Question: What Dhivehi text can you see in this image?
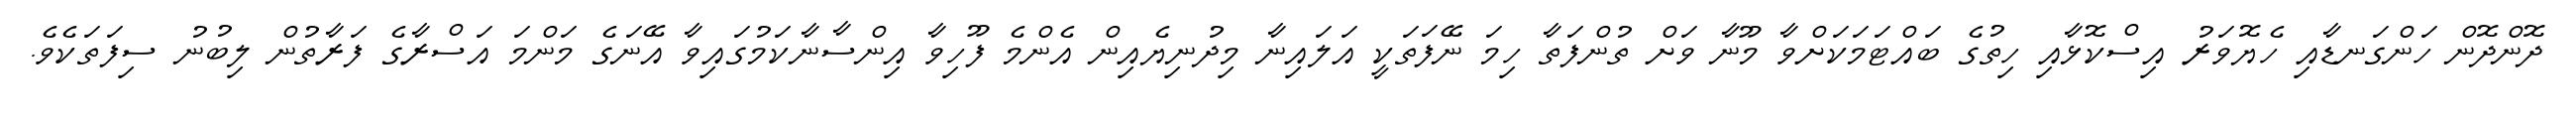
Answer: ދޮންދޮން ހަންގަނޑާއި ހެޔޮވަރު އިސްކޮޅާއި ހިތުގެ ބައްޓަމަކަށްވާ މޫނާ ވަށް ތުންފަތާ ހިމަ ނޭފަތަކީ އަލައިނާ މިދުނިޔެއިން އެންމެ ފޫހިވާ އިންސާނާކަމުގައިވާ އޭނަގެ މަންމަ އަސްރާގެ ފަރާތުން ލިބުނު ސިފަތަކެވެ.